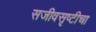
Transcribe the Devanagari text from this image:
सजीवसृष्टीचा